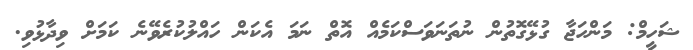
ޝަހީމް: މަންހަޖާ ގުޅޭގޮތުން ނުތަނަވަސްކަމެއް އޮތް ނަމަ އެކަން ހައްލުކުރެވޭނެ ކަމަށް ވިދާޅުވި.